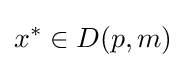
x^{*}\in D(p,m)